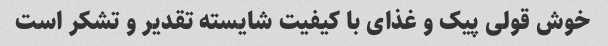
خوش قولی پیک و غذای با کیفیت شایسته تقدیر و تشکر است